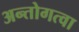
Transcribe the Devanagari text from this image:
अन्तोगत्वा